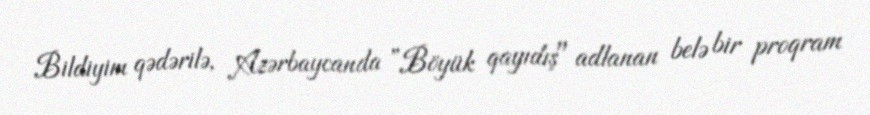
Bildiyim qədərilə, Azərbaycanda ”Böyük qayıdış" adlanan belə bir proqram